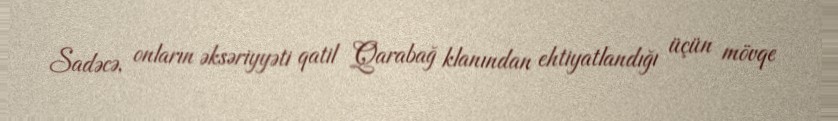
Sadəcə, onların əksəriyyəti qatil Qarabağ klanından ehtiyatlandığı üçün mövqe